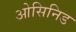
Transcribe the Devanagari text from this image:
ओसिनिड